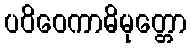
ပဝိဝေကာဓိမုတ္တော